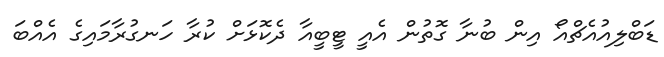
ޑަބްލިއުއެޗްއޯ އިން ބުނާ ގޮތުން އެއީ ޓީބީއާ ދެކޮޅަށް ކުރާ ހަނގުރާމައިގެ އެއްބަ